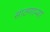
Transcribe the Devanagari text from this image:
साठणाऱ्या